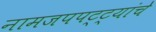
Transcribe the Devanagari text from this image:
नामजपपट्ट्यांचे